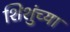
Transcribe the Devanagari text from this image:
शिशुंच्या